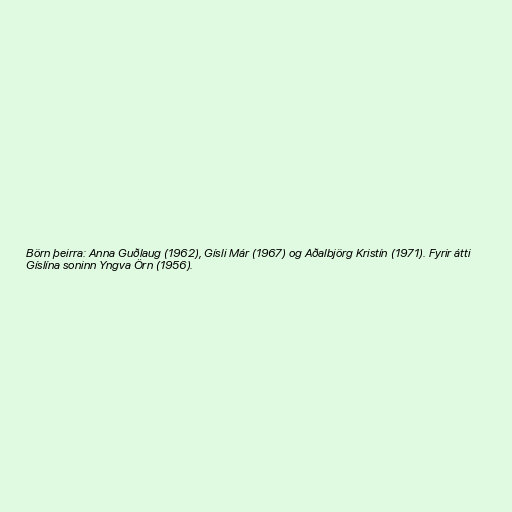
Börn þeirra: Anna Guðlaug (1962), Gísli Már (1967) og Aðalbjörg Kristín (1971). Fyrir átti
Gíslína soninn Yngva Örn (1956).